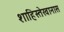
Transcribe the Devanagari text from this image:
शाहिस्तेखानास